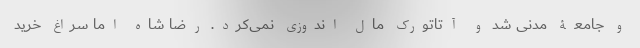
و جامعۀ مدنی شد و آتاتورک مال اندوزی نمی‌کرد. رضا شاه اما سراغ خرید